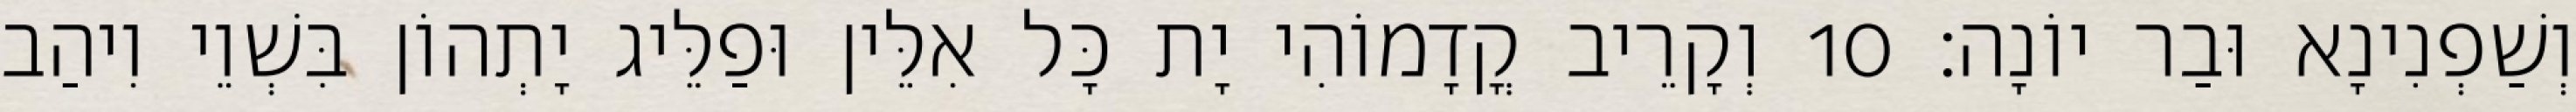
וְשַׁפְנִינָא וּבַר יוֹנָה׃ 10 וְקָרֵיב קֳדָמוֹהִי יָת כָּל אִלֵּין וּפַלֵּיג יָתְהוֹן בִּשְׁוֵי וִיהַב